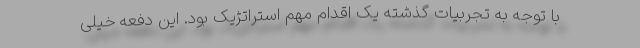
با توجه به تجربیات گذشته یک اقدام مهم استراتژیک بود. این دفعه خیلی